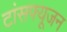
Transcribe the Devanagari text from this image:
टांसफ्यूजन